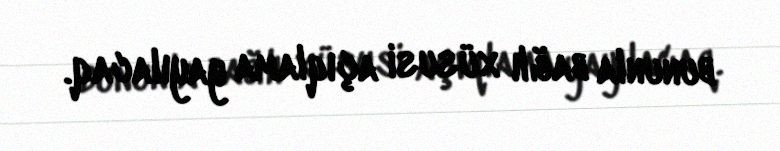
bununla bağlı xüsusi açıqlama yayılacaq.